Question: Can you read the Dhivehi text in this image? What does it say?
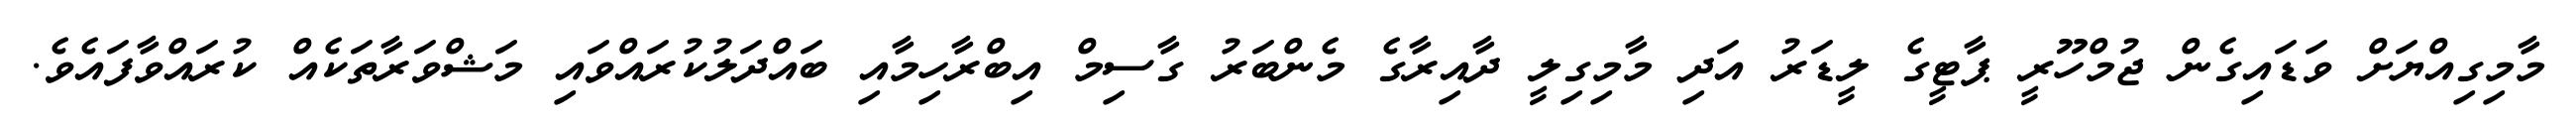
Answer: މާމިގިއްޔަށް ވަޑައިގެން ޖުމްހޫރީ ޕާޓީގެ ލީޑަރު އަދި މާމިގިލީ ދާއިރާގެ މެންބަރު ގާސިމް އިބްރާހިމާއި ބައްދަލުކުރައްވައި މަޝްވަރާތަކެއް ކުރައްވާފައެވެ.